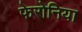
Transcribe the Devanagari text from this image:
फेरोनिया